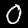
Digit: 0